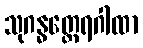
သုဂန္ဓတ္ထေရဂါထာ